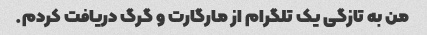
من به تازگی یک تلگرام از مارگارت و گرگ دریافت کردم.